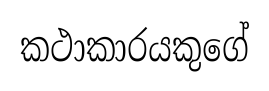
කථාකාරයකුගේ